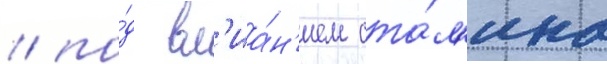
/ по́д вл'иа́н'ием ста́л'ина